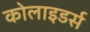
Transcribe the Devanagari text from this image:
कोलाइडर्स